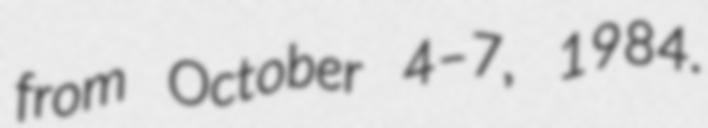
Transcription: from October 4–7, 1984.